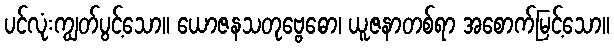
ပင်လုံးကျွတ်ပွင့်သော။ ယောဇနသတုဗ္ဗေဓော၊ ယူဇနာတစ်ရာ အစောက်မြင့်သော။